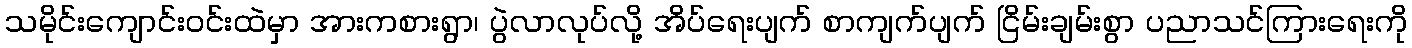
သမိုင်းကျောင်းဝင်းထဲမှာ အားကစားရွာ၊ ပွဲလာလုပ်လို့ အိပ်ရေးပျက် စာကျက်ပျက် ငြိမ်းချမ်းစွာ ပညာသင်ကြားရေးကို